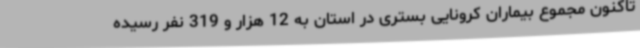
تاکنون مجموع بیماران کرونایی بستری در استان به 12 هزار و 319 نفر رسیده